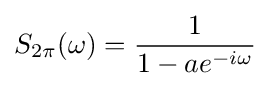
S_{2\pi }(\omega )={\frac {1}{1-ae^{-i\omega }}}\!